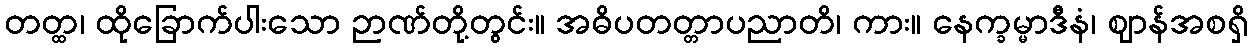
တတ္ထ၊ ထိုခြောက်ပါးသော ဉာဏ်တို့တွင်း။ အဓိပတတ္တာပညာတိ၊ ကား။ နေက္ခမ္မာဒီနံ၊ ဈာန်အစရှိ